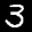
Label: 3